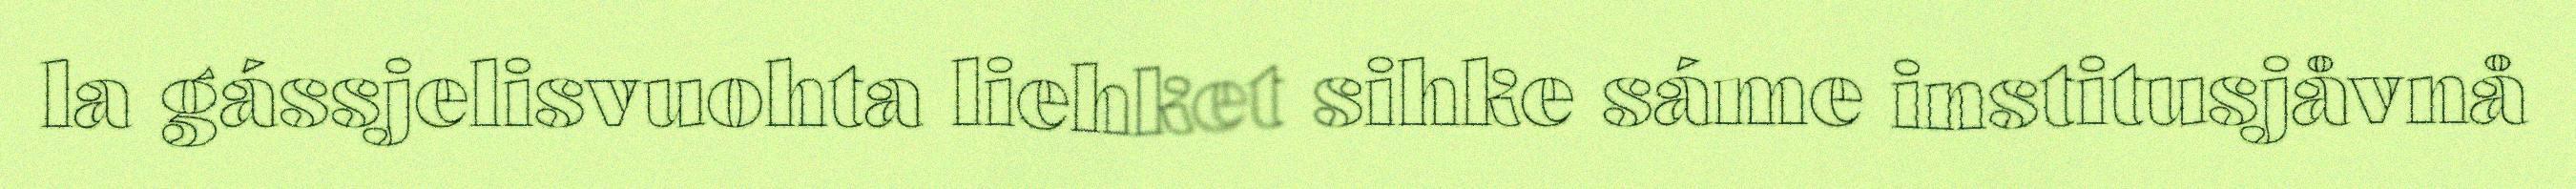
la gássjelisvuohta liehket sihke sáme institusjåvnå